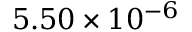
5 . 5 0 \times 1 0 ^ { - 6 }